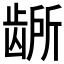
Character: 𫜭